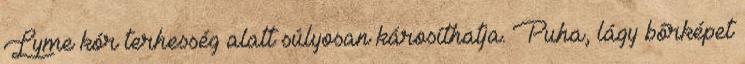
Lyme kór terhesség alatt súlyosan károsíthatja. Puha, lágy bőrképet